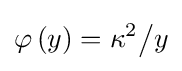
\varphi \left(y\right)=\kappa ^{2}{\big /}y